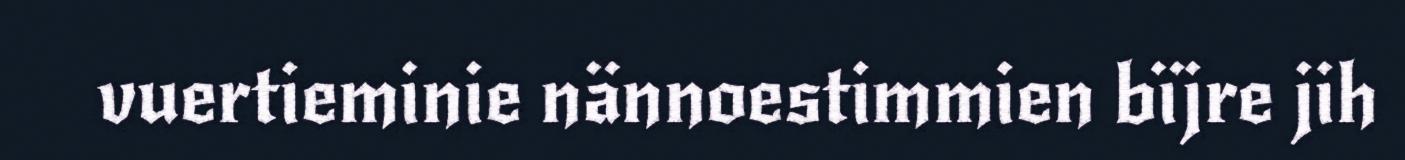
vuertieminie nännoestimmien bïjre jih